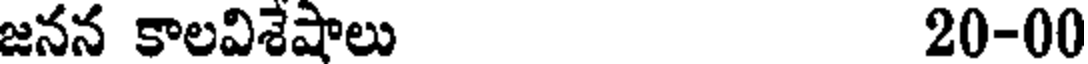
జనన కాలవిశేషాలు 20-00